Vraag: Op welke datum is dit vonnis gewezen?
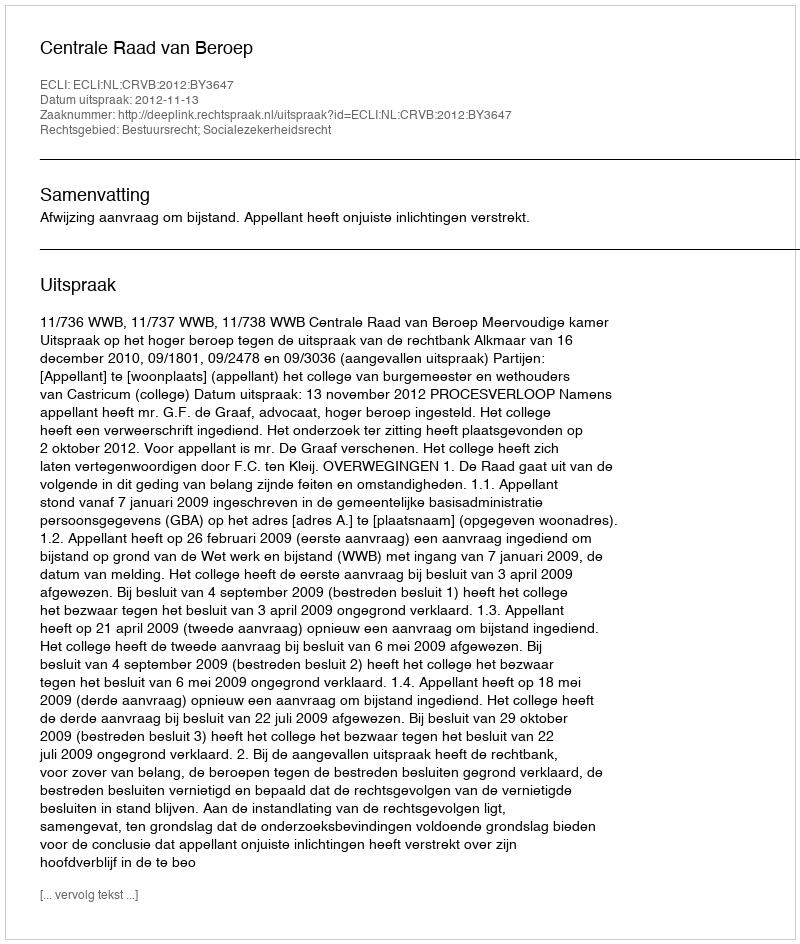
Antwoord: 2012-11-13